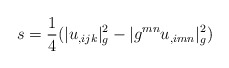
\begin{align*}s=\frac{1}{4}(|u_{,ijk}|_g^2-|g^{mn}u_{,imn}|_g^2)\end{align*}